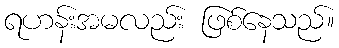
ရဟန်းအမလည်း ဖြစ်နေသည်။